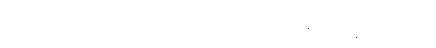
တိမ်းစောင်းမှုတစ်ခုခုဖြစ်တာနဲ့ တိုင်းပြည်ပေါ်မှာရော၊ ဒီမိုကရေစီကိုလိုလားတဲ့